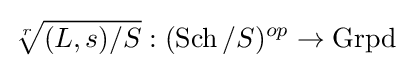
{\sqrt[{r}]{(L,s)/S}}:(\operatorname {Sch} /S)^{op}\to \operatorname {Grpd}